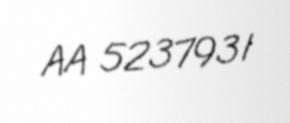
AA 5237931